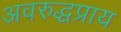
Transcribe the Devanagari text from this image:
अवरुद्धप्राय